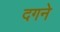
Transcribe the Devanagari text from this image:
दगने